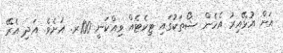
އަށް އުޅޭއިރު އެހެން ޝޯތަކުގައި ޓިކެޓެއް ވިއްކަނީ 100ރ. އަށެވެ. އަދި އެރޭ